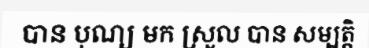
បាន បុណ្យ មក ស្រួល បាន សម្បត្តិ